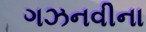
ગઝનવીના